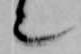
也